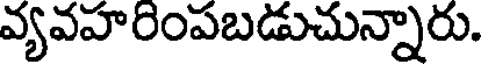
వ్యవహరింపబడుచున్నారు.